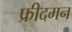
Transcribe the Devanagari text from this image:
फ्रीदमन